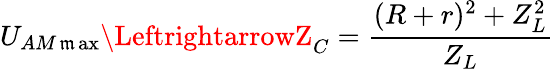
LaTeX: U_{AM\operatorname*{\mathfrak{m}ax}}\LeftrightarrowZ_{C}=\frac{{(R+r)^{2}+Z_{L}^{2}}}{{Z_{L}}}